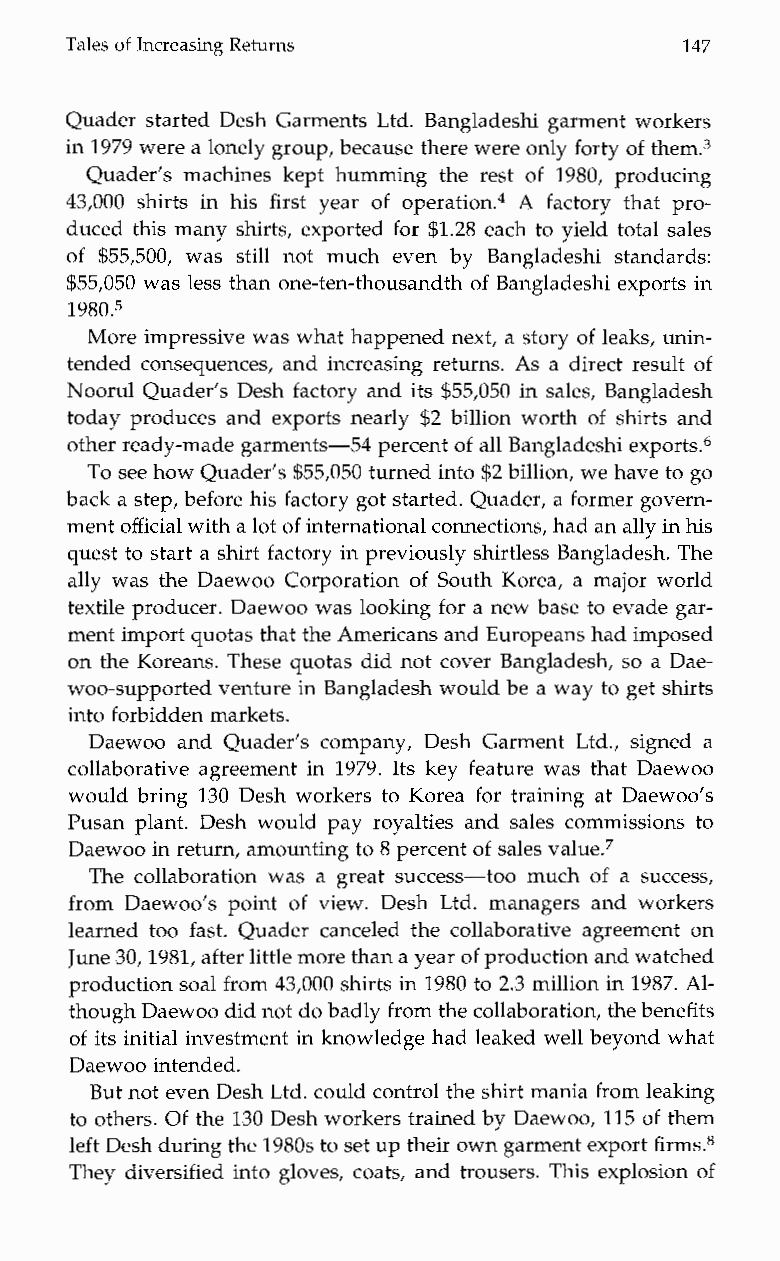
Tales of Increasing Returns             147
 Quader started Desh Garments Ltd. Bangladeshi garment workers
 in 1979 were a lonely group, because there were only fortyo f them.3
 Quader’s machinesk ept humming the rest of 1980, producing
 43,000 shirtsi nh is first year of operation4 A factoryt hatp ro-
 duced this many shirts, exported for $1.28 each to yield total sales
 o$f 55,500, was still notm uche venb y Bangladeshi standards:
 $55,050 was less than one-ten-thousandth of Bangladeshi exports in
 1980.5
 More impressive was what happened next, a story of leaks, unin-
 tended consequences, and increasing returns. As a direct result of
 Noorul Quader’s Desh factory and its $55,050 in sales, Bangladesh
 today produces and exports nearly $2 billion worth of shirts and
 other ready-made garments-54 percent of all Bangladeshi exports.6
 To see how Quader’s $55,050 turned into $2 billion, we have to go
 back a step, before his factory got started. Quader, a former govern-
 ment official with a loot f international connections, had ana lly in his
 quest to start a shirt factory in previously shirtless Bangladesh. The
 ally was the Daewoo Corporation of South Korea, a major world
 textile producer. Daewoo was looking for a new base to evade gar-
 ment import quotas that thAe mericans and Europeans had imposed
 on the Koreans. These quotas did not cover Bangladesh, so a Dae-
 woo-supported venture in Bangladesh would be a way to get shirts
 into forbidden markets.
 Daewoo and Quader’sc ompany, Desh Garment Ltd., signeda
 collaborative agreement in 1979. Its key feature was that Daewoo
 would bring 130 Desh workers to Korea for training at Daewoo’s
 Pusan plant. Desh would pay royalties and sales commissions to
 Daewoo in return, amountingt o 8 percent of sales value.7
 The collaboration was a great success-too much of a success,
 from Daewoo’s point of view. Desh Ltd.m anagersa ndw orkers
 learned too fast. Quader canceled the collaborative agreement on
 June 30,1981, after little more than a yeaorf production andw atched
 production soal from4 3,000 shirts in 1980 to 2.3 million in 1987. Al-
 though Daewoo did not do badly from the collaboration, the benefits
 of its initial investment in knowledge had leaked well beyond what
 Daewoo intended.
 But not even Desh Ltd. could control the shirt maniaf rom leaking
 to others. Of the 130 Desh workers trained by Daewoo, 115 of them
 left Desh during the1 980s to set up their own garment export firms8
 They diversified into gloves, coats, and trousers. This explosion of